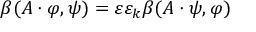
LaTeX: \beta ( A \cdot \varphi , \psi ) = \varepsilon \varepsilon _ { k } \beta ( A \cdot \psi , \varphi )